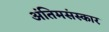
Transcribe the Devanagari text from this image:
अंतिमसंस्कार